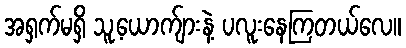
အရှက်မရှိ သူ့ယောက်ျားနဲ့ ပလူးနေကြတယ်လေ။